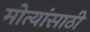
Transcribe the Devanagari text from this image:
मोत्यांसाठी